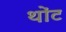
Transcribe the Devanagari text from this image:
थोंट